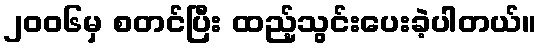
၂၀၀၆မှ စတင်ပြီး ထည့်သွင်းပေးခဲ့ပါတယ်။